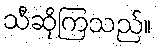
သီဆိုကြသည်။